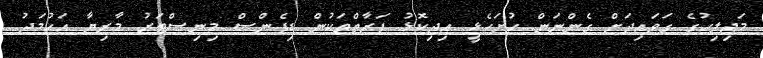
މަޖިލިހުގެ ގަވައިދަށް ގެންނަން ހުށަހެޅީ އިދިކޮޅު ފަރާތްތަކުން ޑިފެންސް މިނިސްޓަރު މާރިޔާ އަހުމަދު